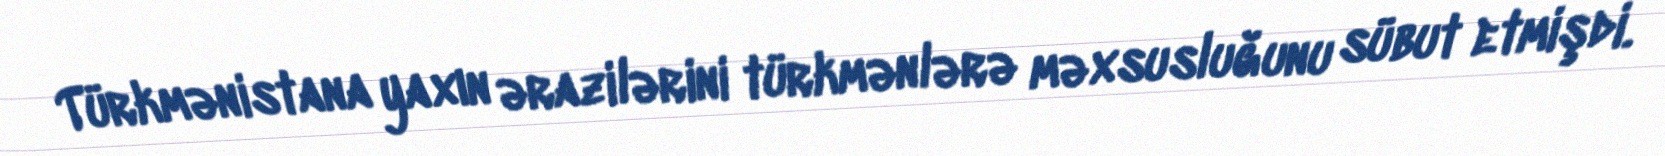
Türkmənistana yaxın ərazilərini türkmənlərə məxsusluğunu sübut etmişdi.